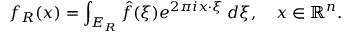
f _ { R } ( x ) = \int _ { E _ { R } } { \hat { f } } ( \xi ) e ^ { 2 \pi i x \cdot \xi } \, d \xi , \quad x \in \mathbb { R } ^ { n } .